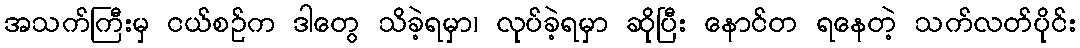
အသက်ကြီးမှ ငယ်စဉ်က ဒါတွေ သိခဲ့ရမှာ၊ လုပ်ခဲ့ရမှာ ဆိုပြီး နောင်တ ရနေတဲ့ သက်လတ်ပိုင်း